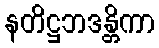
နတိဋ္ဌဘဒန္တိကာ